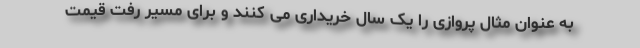
به عنوان مثال پروازی را یک سال خریداری می کنند و برای مسیر رفت قیمت